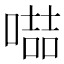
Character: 𠽻